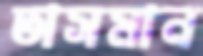
তাসমান